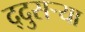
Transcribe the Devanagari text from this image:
द्दुसर्‍या